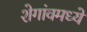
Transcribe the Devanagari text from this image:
शेगांवमध्ये